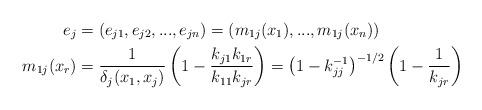
LaTeX: \begin{align*}e_{j} & =(e_{j1},e_{j2},...,e_{jn})=\left( m_{1j}(x_{1}),...,m_{1j}(x_{n})\right) \\m_{1j}(x_{r}) & =\frac{1}{\delta_{j}(x_{1},x_{j})}\left( 1-\frac{k_{j1}k_{1r}}{k_{11}k_{jr}}\right) =\left( 1-k_{jj}^{-1}\right)^{-1/2}\left( 1-\frac{1}{k_{jr}}\right)\end{align*}